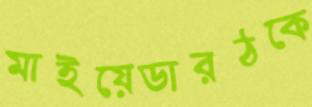
মাইয়েডারঠকে